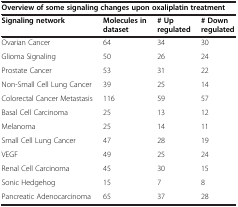
| <COLSPAN=4> Overview of some signaling changes upon oxaliplatin treatment |
 | Signaling network | Molecules in dataset | # Up regulated | # Down regulated |
 | --- | --- | --- | --- |
 | Ovarian Cancer | 64 | 34 | 30 |
 | Glioma Signaling | 50 | 26 | 24 |
 | Prostate Cancer | 53 | 31 | 22 |
 | Non-Small Cell Lung Cancer | 39 | 25 | 14 |
 | Colorectal Cancer Metastasis | 116 | 59 | 57 |
 | Basal Cell Carcinoma | 25 | 13 | 12 |
 | Melanoma | 25 | 14 | 11 |
 | Small Cell Lung Cancer | 47 | 28 | 19 |
 | VEGF | 49 | 25 | 24 |
 | Renal Cell Carcinoma | 45 | 30 | 15 |
 | Sonic Hedgehog | 15 | 7 | 8 |
 | Pancreatic Adenocarcinoma | 65 | 37 | 28 |